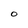
Character: O